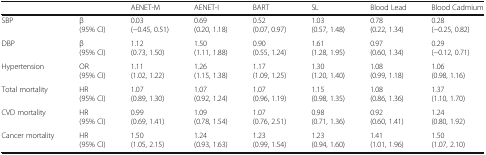
<table><thead><tr><td></td><td></td><td><b>AENET-M</b></td><td><b>AENET-I</b></td><td><b>BART</b></td><td><b>SL</b></td><td><b>Blood Lead</b></td><td><b>Blood Cadmium</b></td></tr></thead><tbody><tr><td>SBP</td><td>β(95% CI)</td><td>0.03(−0.45, 0.51)</td><td>0.69(0.20, 1.18)</td><td>0.52(0.07, 0.97)</td><td>1.03(0.57, 1.48)</td><td>0.78(0.22, 1.34)</td><td>0.28(−0.25, 0.82)</td></tr><tr><td>DBP</td><td>β(95% CI)</td><td>1.12(0.73, 1.50)</td><td>1.50(1.11, 1.88)</td><td>0.90(0.55, 1.24)</td><td>1.61(1.28, 1.95)</td><td>0.97(0.60, 1.34)</td><td>0.29(−0.12, 0.71)</td></tr><tr><td>Hypertension</td><td>OR(95% CI)</td><td>1.11(1.02, 1.22)</td><td>1.26(1.15, 1.38)</td><td>1.17(1.09, 1.25)</td><td>1.30(1.20, 1.40)</td><td>1.08(0.99, 1.18)</td><td>1.06(0.98, 1.16)</td></tr><tr><td>Total mortality</td><td>HR(95% CI)</td><td>1.07(0.89, 1.30)</td><td>1.07(0.92, 1.24)</td><td>1.07(0.96, 1.19)</td><td>1.15(0.98, 1.35)</td><td>1.08(0.86, 1.36)</td><td>1.37(1.10, 1.70)</td></tr><tr><td>CVD mortality</td><td>HR(95% CI)</td><td>0.99(0.69, 1.41)</td><td>1.09(0.78, 1.54)</td><td>1.07(0.76, 2.51)</td><td>0.98(0.71, 1.36)</td><td>0.92(0.60, 1.41)</td><td>1.24(0.80, 1.92)</td></tr><tr><td>Cancer mortality</td><td>HR(95% CI)</td><td>1.50(1.05, 2.15)</td><td>1.24(0.93, 1.63)</td><td>1.23(0.99, 1.54)</td><td>1.23(0.94, 1.60)</td><td>1.41(1.01, 1.96)</td><td>1.50(1.07, 2.10)</td></tr></tbody></table>